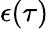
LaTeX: \epsilon(\tau)